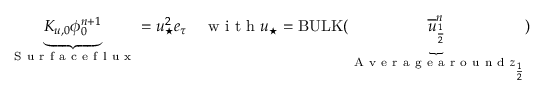
\underbrace { K _ { u , 0 } { \phi } _ { 0 } ^ { n + 1 } } _ { \mathrm { ~ S ~ u ~ r ~ f ~ a ~ c ~ e ~ f ~ l ~ u ~ x ~ } } = u _ { \star } ^ { 2 } e _ { \tau } \quad \mathrm { ~ w ~ i ~ t ~ h ~ } u _ { \star } = \mathrm { B U L K } ( \underbrace { \overline { { u } } _ { \frac { 1 } { 2 } } ^ { n } } _ { \mathrm { ~ A ~ v ~ e ~ r ~ a ~ g ~ e ~ a ~ r ~ o ~ u ~ n ~ d ~ } z _ { \frac { 1 } { 2 } } } )